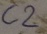
Text: C2